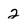
Character: 2